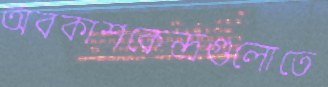
অবকাশকেন্দ্রগুলোতে